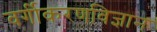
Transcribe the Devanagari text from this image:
वर्गीकरणविज्ञान